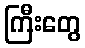
ကြီးတွေ